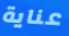
عناية